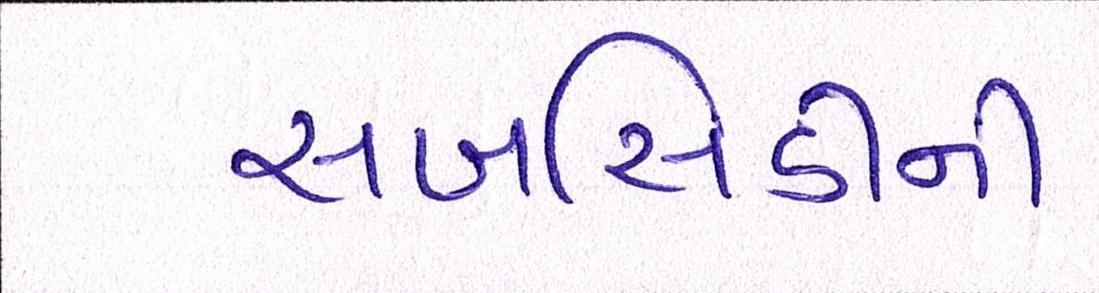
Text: સબસિડીની